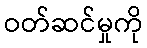
ဝတ်ဆင်မှုကို